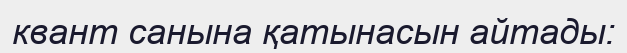
квант санына қатынасын айтады: